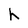
Character: h